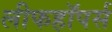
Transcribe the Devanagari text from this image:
लीफहॉपर्स